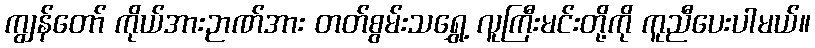
ကျွန်တော် ကိုယ်အားဉာဏ်အား တတ်စွမ်းသရွှေ့ လူကြီးမင်းတို့ကို ကူညီပေးပါမယ်။